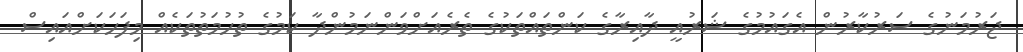
ޖަރުމަނުގެ ސަރުކާރުން އެގައުމުގެ ޝަރުއީ ދާއިރާގެ ކަންތައްތަކުގެ ތެރެއަށްވަންނަމުންދާ ކަމުގެ ތުހުމަތުތަކެއް މިފަހަކަށްއައިސް